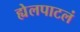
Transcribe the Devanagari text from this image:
ह्येलपाटलं